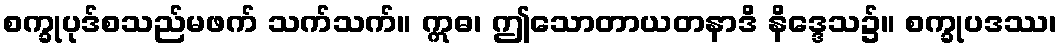
စက္ခုပုဒ်စသည်မဖက် သက်သက်။ ဣဓ၊ ဤသောတာယတနာဒိ နိဒ္ဒေသ၌။ စက္ခုပဒဿ၊